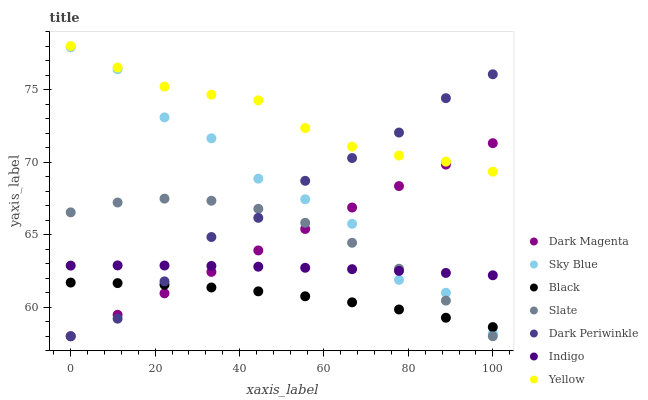
| xaxis_label | Dark Magenta | Sky Blue | Black | Slate | Dark Periwinkle | Indigo | Yellow |
 | --- | --- | --- | --- | --- | --- | --- | --- |
 | 0 | 58 | 77.9 | 61.7 | 66.5 | 58 | 62.9 | 78 |
 | 11.1 | 59.5 | 76.4 | 61.7 | 67.2 | 59.2 | 62.9 | 76.5 |
 | 22.2 | 61 | 73.1 | 61.5 | 67.5 | 61.8 | 62.9 | 75.2 |
 | 33.3 | 62.4 | 71.6 | 61.4 | 67.3 | 64.8 | 62.8 | 74.6 |
 | 44.4 | 63.9 | 68.9 | 61.1 | 66.8 | 66.2 | 62.8 | 74.3 |
 | 55.6 | 65.4 | 67.4 | 60.8 | 65.8 | 68.7 | 62.7 | 72.3 |
 | 66.7 | 66.9 | 65.7 | 60.3 | 64.4 | 70.3 | 62.6 | 71.1 |
 | 77.8 | 68.3 | 61.9 | 59.8 | 62.7 | 72 | 62.5 | 70.5 |
 | 88.9 | 69.8 | 61 | 59.3 | 60.5 | 74.4 | 62.4 | 70 |
 | 100 | 71.3 | 58.2 | 58.6 | 58 | 76.1 | 62.2 | 69.3 |